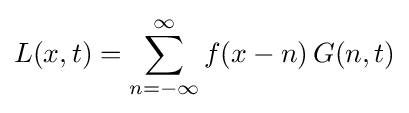
L(x,t)=\sum _{n=-\infty }^{\infty }f(x-n)\,G(n,t)